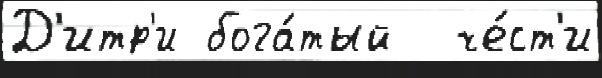
Д'итр'и бога́тый  че́ст'и